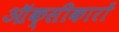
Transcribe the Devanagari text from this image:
ऑक्सीकारों